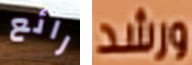
رائع ورشد